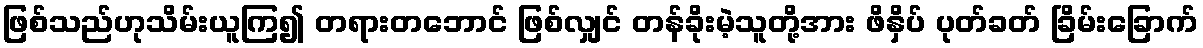
ဖြစ်သည်ဟုသိမ်းယူကြ၍ တရားတဘောင် ဖြစ်လျှင် တန်ခိုးမဲ့သူတို့အား ဖိနှိပ် ပုတ်ခတ် ခြိမ်းခြောက်